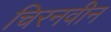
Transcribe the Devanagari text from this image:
चिरनवीन